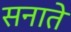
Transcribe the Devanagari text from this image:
सनाते